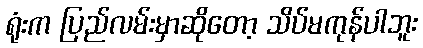
ရုံးက ပြည်လမ်းမှာဆိုတော့ သိပ်မကုန်ပါဘူး